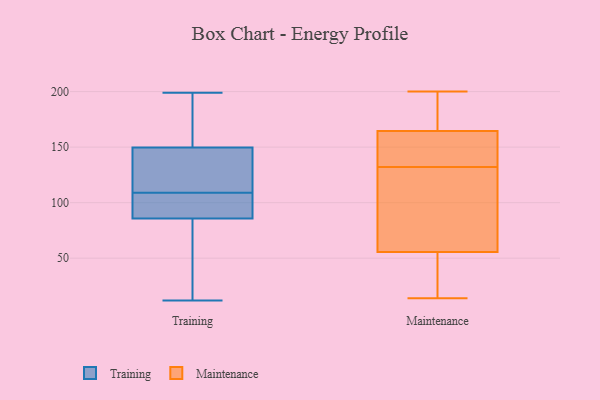
{"axis": {"x": "Customer Acquisition Cost (USD)", "y": "Value"}, "legend": ["Maintenance", "Training"], "data": [{"x": "", "y": 109, "type": "Training"}, {"x": "", "y": 90, "type": "Training"}, {"x": "", "y": 29, "type": "Training"}, {"x": "", "y": 155, "type": "Training"}, {"x": "", "y": 124, "type": "Training"}, {"x": "", "y": 118, "type": "Training"}, {"x": "", "y": 12, "type": "Training"}, {"x": "", "y": 189, "type": "Training"}, {"x": "", "y": 102, "type": "Training"}, {"x": "", "y": 148, "type": "Training"}, {"x": "", "y": 92, "type": "Training"}, {"x": "", "y": 105, "type": "Training"}, {"x": "", "y": 199, "type": "Training"}, {"x": "", "y": 73, "type": "Training"}, {"x": "", "y": 38, "type": "Training"}, {"x": "", "y": 127, "type": "Training"}, {"x": "", "y": 187, "type": "Training"}, {"x": "", "y": 28, "type": "Maintenance"}, {"x": "", "y": 200, "type": "Maintenance"}, {"x": "", "y": 39, "type": "Maintenance"}, {"x": "", "y": 117, "type": "Maintenance"}, {"x": "", "y": 34, "type": "Maintenance"}, {"x": "", "y": 24, "type": "Maintenance"}, {"x": "", "y": 163, "type": "Maintenance"}, {"x": "", "y": 144, "type": "Maintenance"}, {"x": "", "y": 80, "type": "Maintenance"}, {"x": "", "y": 184, "type": "Maintenance"}, {"x": "", "y": 199, "type": "Maintenance"}, {"x": "", "y": 175, "type": "Maintenance"}, {"x": "", "y": 161, "type": "Maintenance"}, {"x": "", "y": 14, "type": "Maintenance"}, {"x": "", "y": 127, "type": "Maintenance"}, {"x": "", "y": 72, "type": "Maintenance"}, {"x": "", "y": 126, "type": "Maintenance"}, {"x": "", "y": 137, "type": "Maintenance"}, {"x": "", "y": 142, "type": "Maintenance"}, {"x": "", "y": 166, "type": "Maintenance"}]}